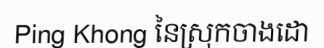
Ping Khong នៃស្រុកចាងដោ